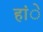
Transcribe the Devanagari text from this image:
हांे